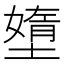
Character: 𱘂